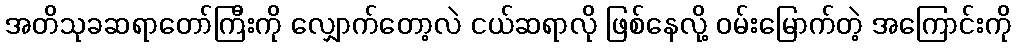
အတိသုခဆရာတော်ကြီးကို လျှောက်တော့လဲ ငယ်ဆရာလို ဖြစ်နေလို့ ဝမ်းမြောက်တဲ့ အကြောင်းကို